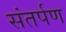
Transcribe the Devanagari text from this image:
संतर्पण